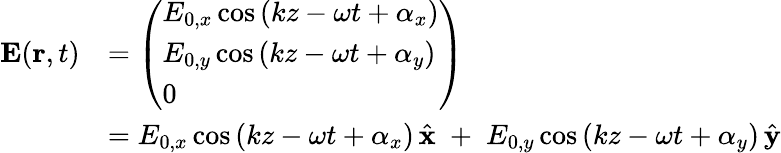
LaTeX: {\begin{array}{rl}{\mathbf{E}(\mathbf{r},t)}&{={\left(\begin{array}{l}{E_{0,x}\cos\left(kz-\omega t+\alpha_{x}\right)}\\ {E_{0,y}\cos\left(kz-\omega t+\alpha_{y}\right)}\\ {0}\end{array}\right)}}\\ &{=E_{0,x}\cos\left(kz-\omega t+\alpha_{x}\right)\, {\hat{\mathbf{x}}}\; +\; E_{0,y}\cos\left(kz-\omega t+\alpha_{y}\right)\, {\hat{\mathbf{y}}}}\end{array}}